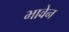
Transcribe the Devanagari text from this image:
भावेन